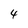
Character: 4